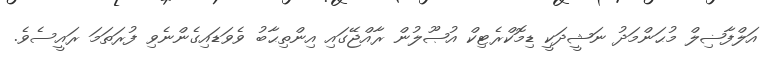
އަލްފާޟިލް މުޙަންމަދު ނަޝީދަކީ ޑިމޮކްރެޓިކް އުޞޫލުން ރާއްޖޭގައި އިންތިޙާބު ވެވަޑައިގެންނެވި ފުރަތަމަ ރައީސެވެ.